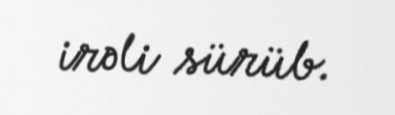
irəli sürüb.